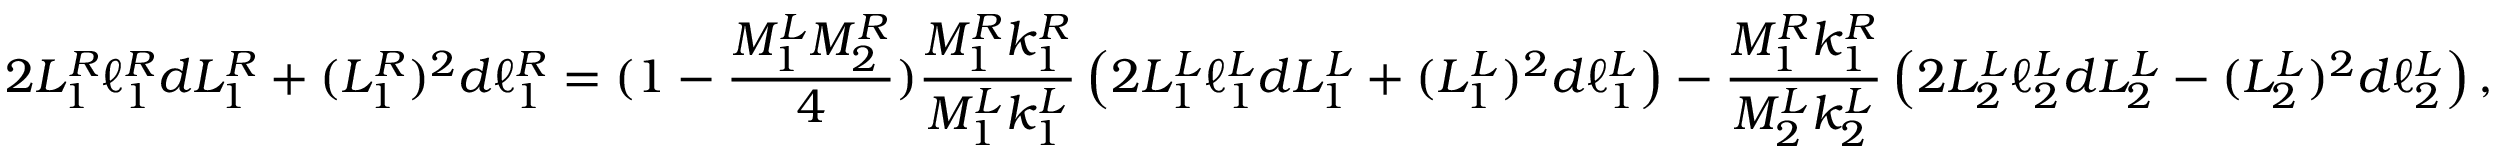
2 L _ { 1 } ^ { R } \ell _ { 1 } ^ { R } d L _ { 1 } ^ { R } + ( L _ { 1 } ^ { R } ) ^ { 2 } d \ell _ { 1 } ^ { R } = ( 1 - \frac { M _ { 1 } ^ { L } M _ { 2 } ^ { R } } { 4 } ) \frac { M _ { 1 } ^ { R } k _ { 1 } ^ { R } } { M _ { 1 } ^ { L } k _ { 1 } ^ { L } } \left( 2 L _ { 1 } ^ { L } \ell _ { 1 } ^ { L } d L _ { 1 } ^ { L } + ( L _ { 1 } ^ { L } ) ^ { 2 } d \ell _ { 1 } ^ { L } \right) - \frac { M _ { 1 } ^ { R } k _ { 1 } ^ { R } } { M _ { 2 } ^ { L } k _ { 2 } ^ { L } } \left( 2 L _ { 2 } ^ { L } \ell _ { 2 } ^ { L } d L _ { 2 } ^ { L } - ( L _ { 2 } ^ { L } ) ^ { 2 } d \ell _ { 2 } ^ { L } \right) ,